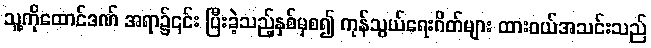
သူ့ကိုထောင်ဒဏ် အရာ၌၎င်း ပြီးခဲ့သည့်နှစ်မှစ၍ ကုန်သွယ်ရေးဂိတ်များ ထားဝယ်အသင်းသည်